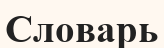
Словарь